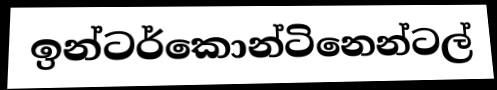
ඉන්ටර්කොන්ටිනෙන්ටල්